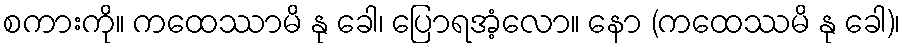
စကားကို။ ကထေဿာမိ နု ခေါ၊ ပြောရအံ့လော။ နော (ကထေဿမိ နု ခေါ)၊